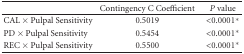
|  | Contingency C Coefficient | P value |
 | --- | --- | --- |
 | CAL × Pulpal Sensitivity | 0.5019 | <0.0001* |
 | PD × Pulpal Sensitivity | 0.5454 | <0.0001* |
 | REC × Pulpal Sensitivity | 0.5500 | <0.0001* |